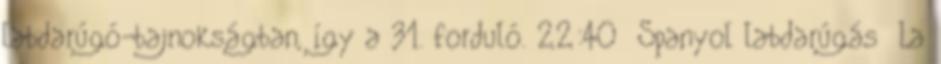
labdarúgó-bajnokságban, így a 31. forduló. 22:40 Spanyol labdarúgás La